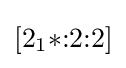
[2_{1}{*}{:}2{:}2]